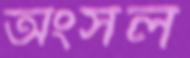
অংসল